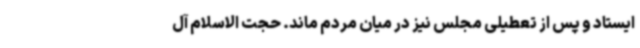
ایستاد و پس از تعطیلی مجلس نیز در میان مردم ماند. حجت الاسلام آل